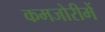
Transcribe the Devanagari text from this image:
कमजोरीमें